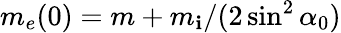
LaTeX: m_{e}(0)=m+m_{\mathbf{i}}/(2\sin^{2}{\alpha_{0}})